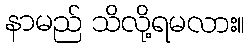
နာမည် သိလို့ရမလား။